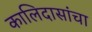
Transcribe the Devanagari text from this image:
कालिदासांचा